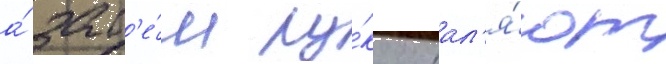
а́ зат'е́м ру́ку отдал'я́ют